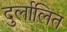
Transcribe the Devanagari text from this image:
दुर्लालित